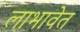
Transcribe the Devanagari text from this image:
लाभावेत